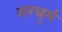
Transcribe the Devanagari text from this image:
नरबुर्ग